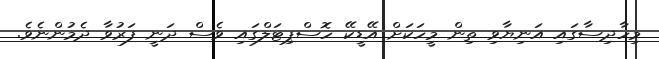
މިހާދިސާގައި އަނިޔާވި ތިން މީހަކަށް އޭޑީކޭ ހޮސްޕިޓަލްގައި ވެސް ދަނީ ފަރުވާ ދެމުންނެވެ.